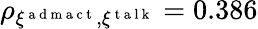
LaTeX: \rho_{\xi^{\mathrm{~a~d~m~a~c~t~}},\xi^{\mathrm{~t~a~l~k~}}}=0.386